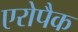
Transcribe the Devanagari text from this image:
एरोपैक